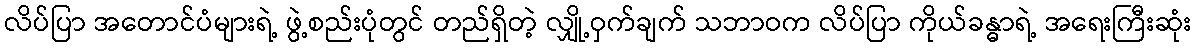
လိပ်ပြာ အတောင်ပံများရဲ့ ဖွဲ့စည်းပုံတွင် တည်ရှိတဲ့ လျှို့ဝှက်ချက် သဘာဝက လိပ်ပြာ ကိုယ်ခန္ဓာရဲ့ အရေးကြီးဆုံး